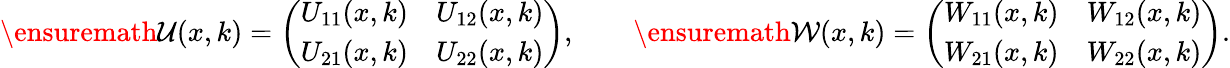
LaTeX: \begin{array}{r}{\ensuremath{\mathcal{U}}(x,k)=\left(\begin{array}{ll}{U_{11}(x,k)}&{U_{12}(x,k)}\\ {U_{21}(x,k)}&{U_{22}(x,k)}\end{array}\right),\qquad\ensuremath{\mathcal{W}}(x,k)=\left(\begin{array}{ll}{W_{11}(x,k)}&{W_{12}(x,k)}\\ {W_{21}(x,k)}&{W_{22}(x,k)}\end{array}\right).}\end{array}